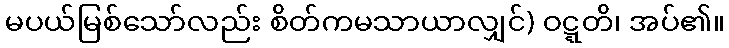
မပယ်မြစ်သော်လည်း စိတ်ကမသာယာလျှင်) ဝဋ္ဋတိ၊ အပ်၏။